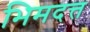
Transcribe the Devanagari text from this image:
भिमदत्त